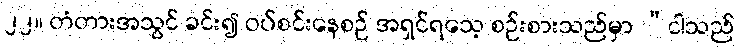
၂၂။ တံတားအသွင် ခင်း၍ ဝပ်စင်းနေစဉ် အရှင်ရသေ့ စဉ်းစားသည်မှာ “ငါသည်